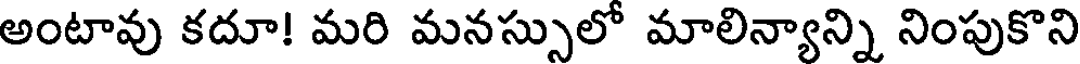
అంటావు కదూ! మరి మనస్సులో మాలిన్యాన్ని నింపుకొని